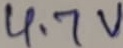
Text: 4.7V